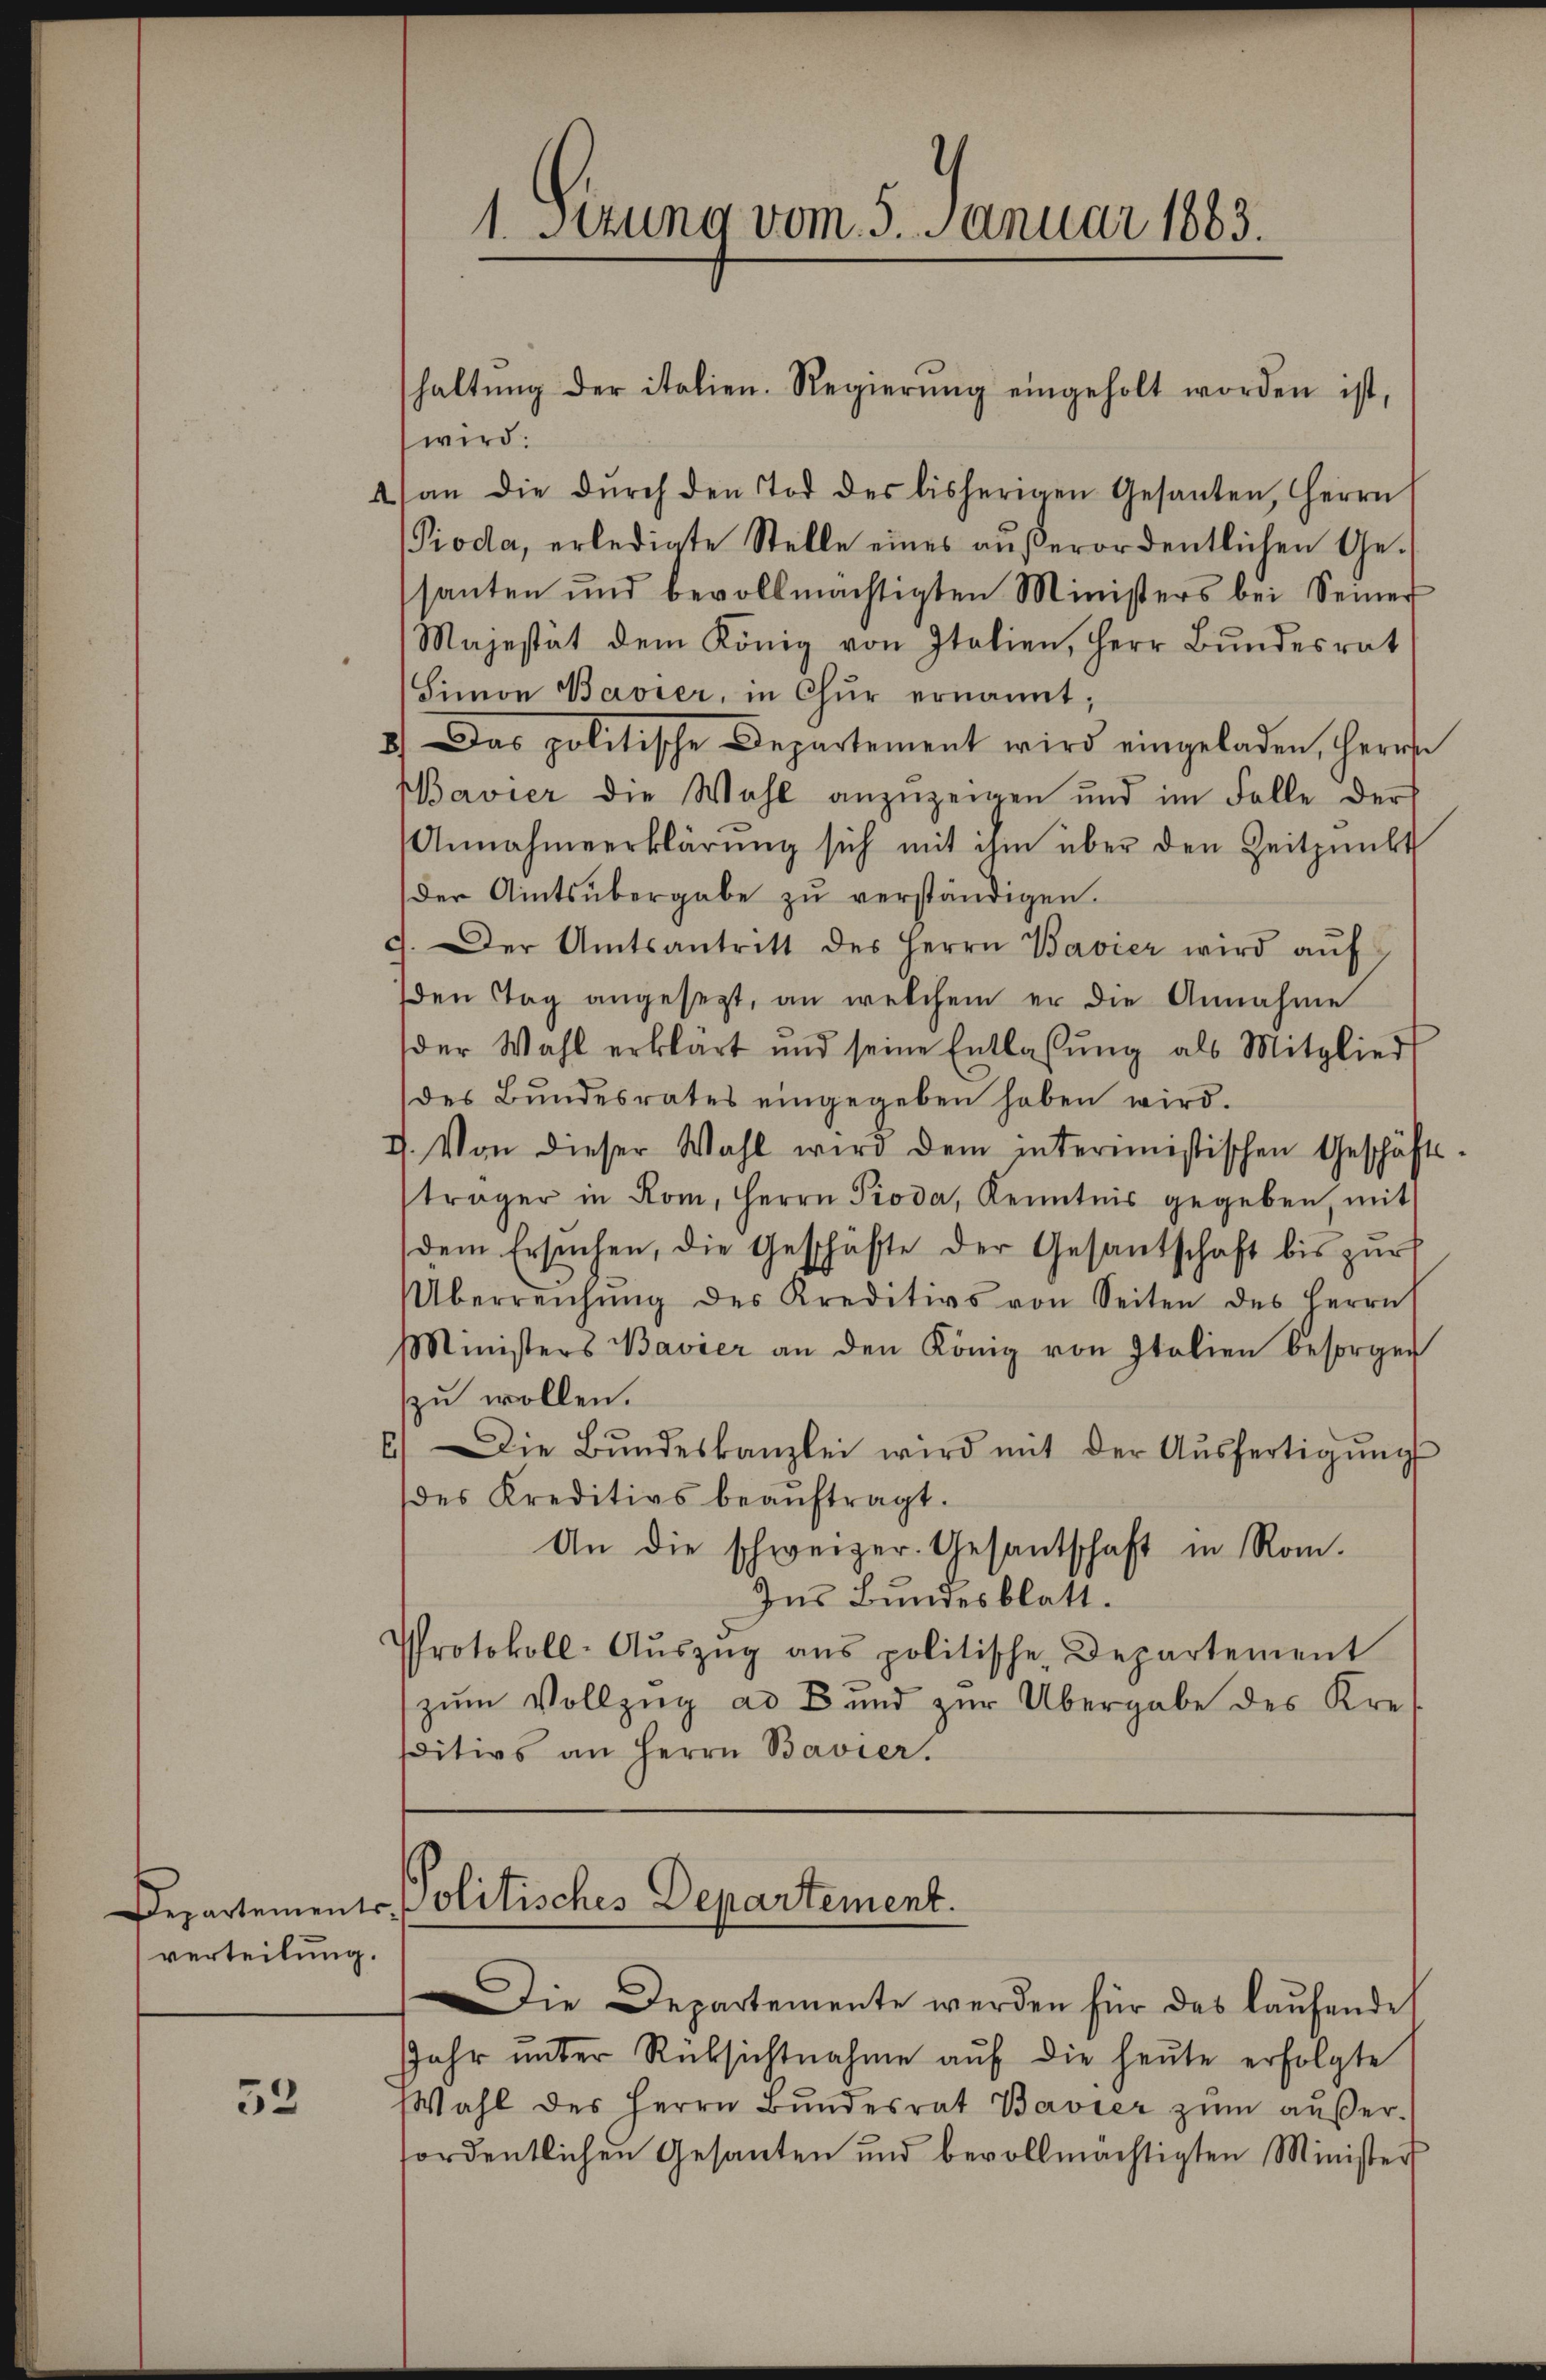
verteilung.

52

wird:
4 an die dŭrch den Tod des bisherigen Gesanten, Herrn
Pioda, erledigte Stelle eines aŭβerordentlichen Ge-
santen und bevollmächtigten Ministers bei Seiner
Majestät dem König von Italien, Herr Bundesrat
Simon Bavier, in Chur ernannt;
8.) Das politische Departement wird eingeladen, Herrn
Bavier die Wahl anzuzeigen und im Falle der
Annahmeerklärŭng sich mit ihm über den Zeitpunkt
der Amtsübergabe zŭ verständigen.
d. Der Amtsantritt des Herrn Bavier wird aŭf
den Tag angesezt, an welchem er die Annahme
der Wahl erklärt und seine Entlassŭng als Mitglied
des Bŭndesrates eingegeben haben wird.
7. Von dieser Wahl wird dem intermistischen Geschäfts-
träger in Rom, Herrn Pioda, Kenntnis gegeben, mit
dem Ersuchen, die Geschäfte der Gesantschaft bis zŭr
Überreichŭng des Kreditivs von Seiten des Herrn
Ministers Bavier an den König von Italien besorger
zu wollen.
E.) Die Bŭndeskanzlei wird mit der Aŭsfertigŭng
des Kreditivs beaŭftragt.
An die schweizer. Gesantschaft in Rom.
Ins Bundesblatt.
Protokoll-Aŭszŭg ans politische Departement
zum Vollzug ad B. und zur Übergabe des Kresitivs an Herrn Bavier.

1. Setzung vom 5. Januar 1883.

haltŭng der italien. Regierŭng eingeholt worden ist,

Departements Politisches Departement.

Die Departemente werden für das laufende
Jahr ŭnter Rücksichtnahme aŭf die heŭte erfolgte
Wahl des Herrn Bŭndesrat Bavier zŭm aŭβer-
fordentlichen Gesanten und bevollmächtigten Minister